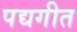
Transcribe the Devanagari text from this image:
पद्यगीत